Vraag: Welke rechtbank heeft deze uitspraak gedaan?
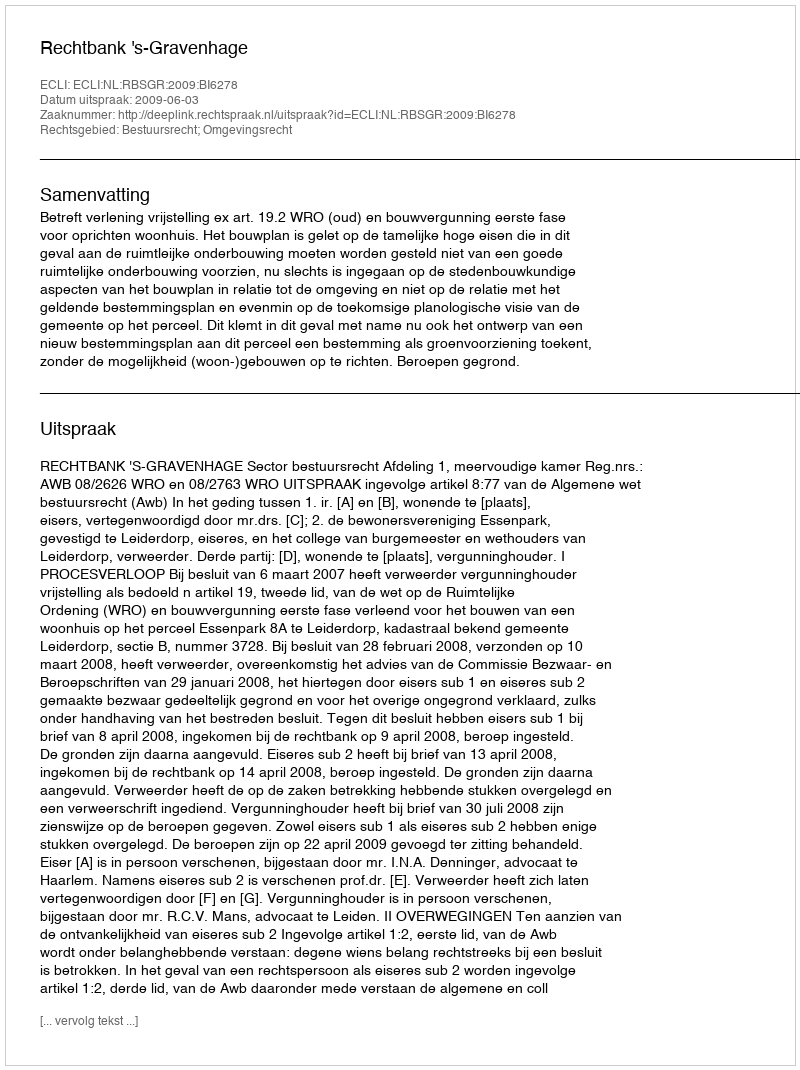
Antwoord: Rechtbank 's-Gravenhage